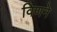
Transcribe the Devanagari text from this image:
विणने